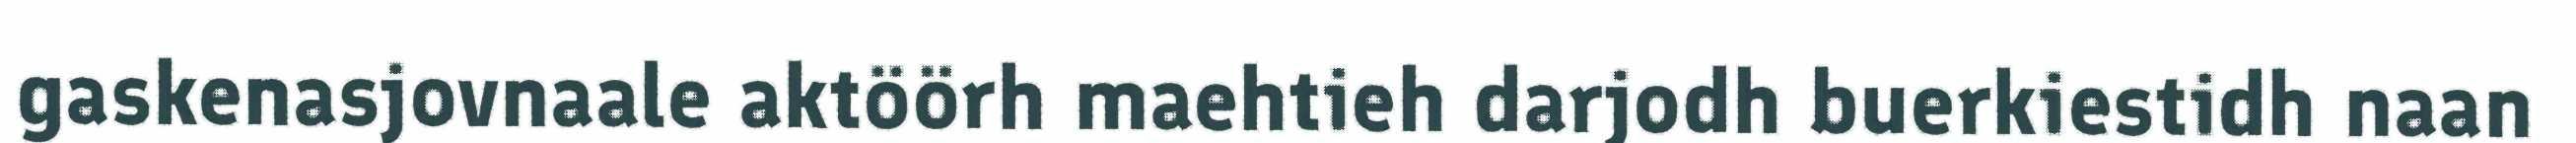
gaskenasjovnaale aktöörh maehtieh darjodh buerkiestidh naan